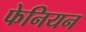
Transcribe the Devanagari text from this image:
फेनियन